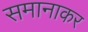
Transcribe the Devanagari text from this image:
समानाकर